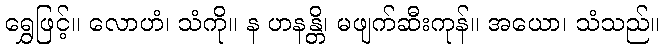
ရွှေဖြင့်။ လောဟံ၊ သံကို။ န ဟနန္တိ၊ မဖျက်ဆီးကုန်။ အယော၊ သံသည်။